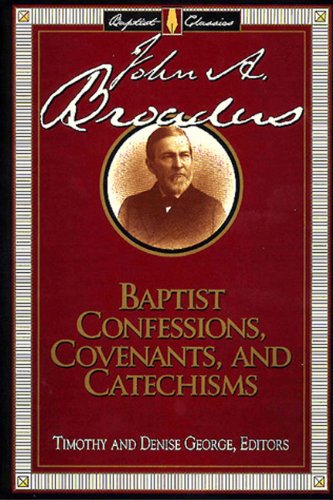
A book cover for Baptist Confessions, Covenants and Catechisms (Library of Baptist Classics (Numbered)); Timothy George; Christian Books & Bibles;